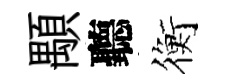
顒聽衡